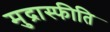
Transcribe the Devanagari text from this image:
मुद्रास्‍फीति